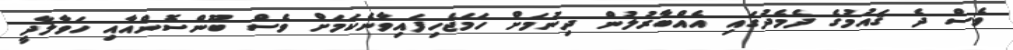
ވެސް ދެ ޤައުމުގެ ދެމެދުގައި އެއްބާރުލުން ދިނުމަށް ހަމަޖެހިފައިވާނެކަމަށް ވެސް ބޫންސޮންއާއި ހަވާލާދީ